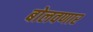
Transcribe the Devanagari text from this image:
बोलवणार